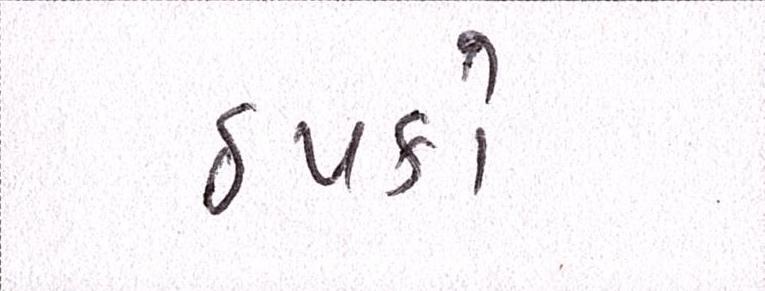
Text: ઠપકો